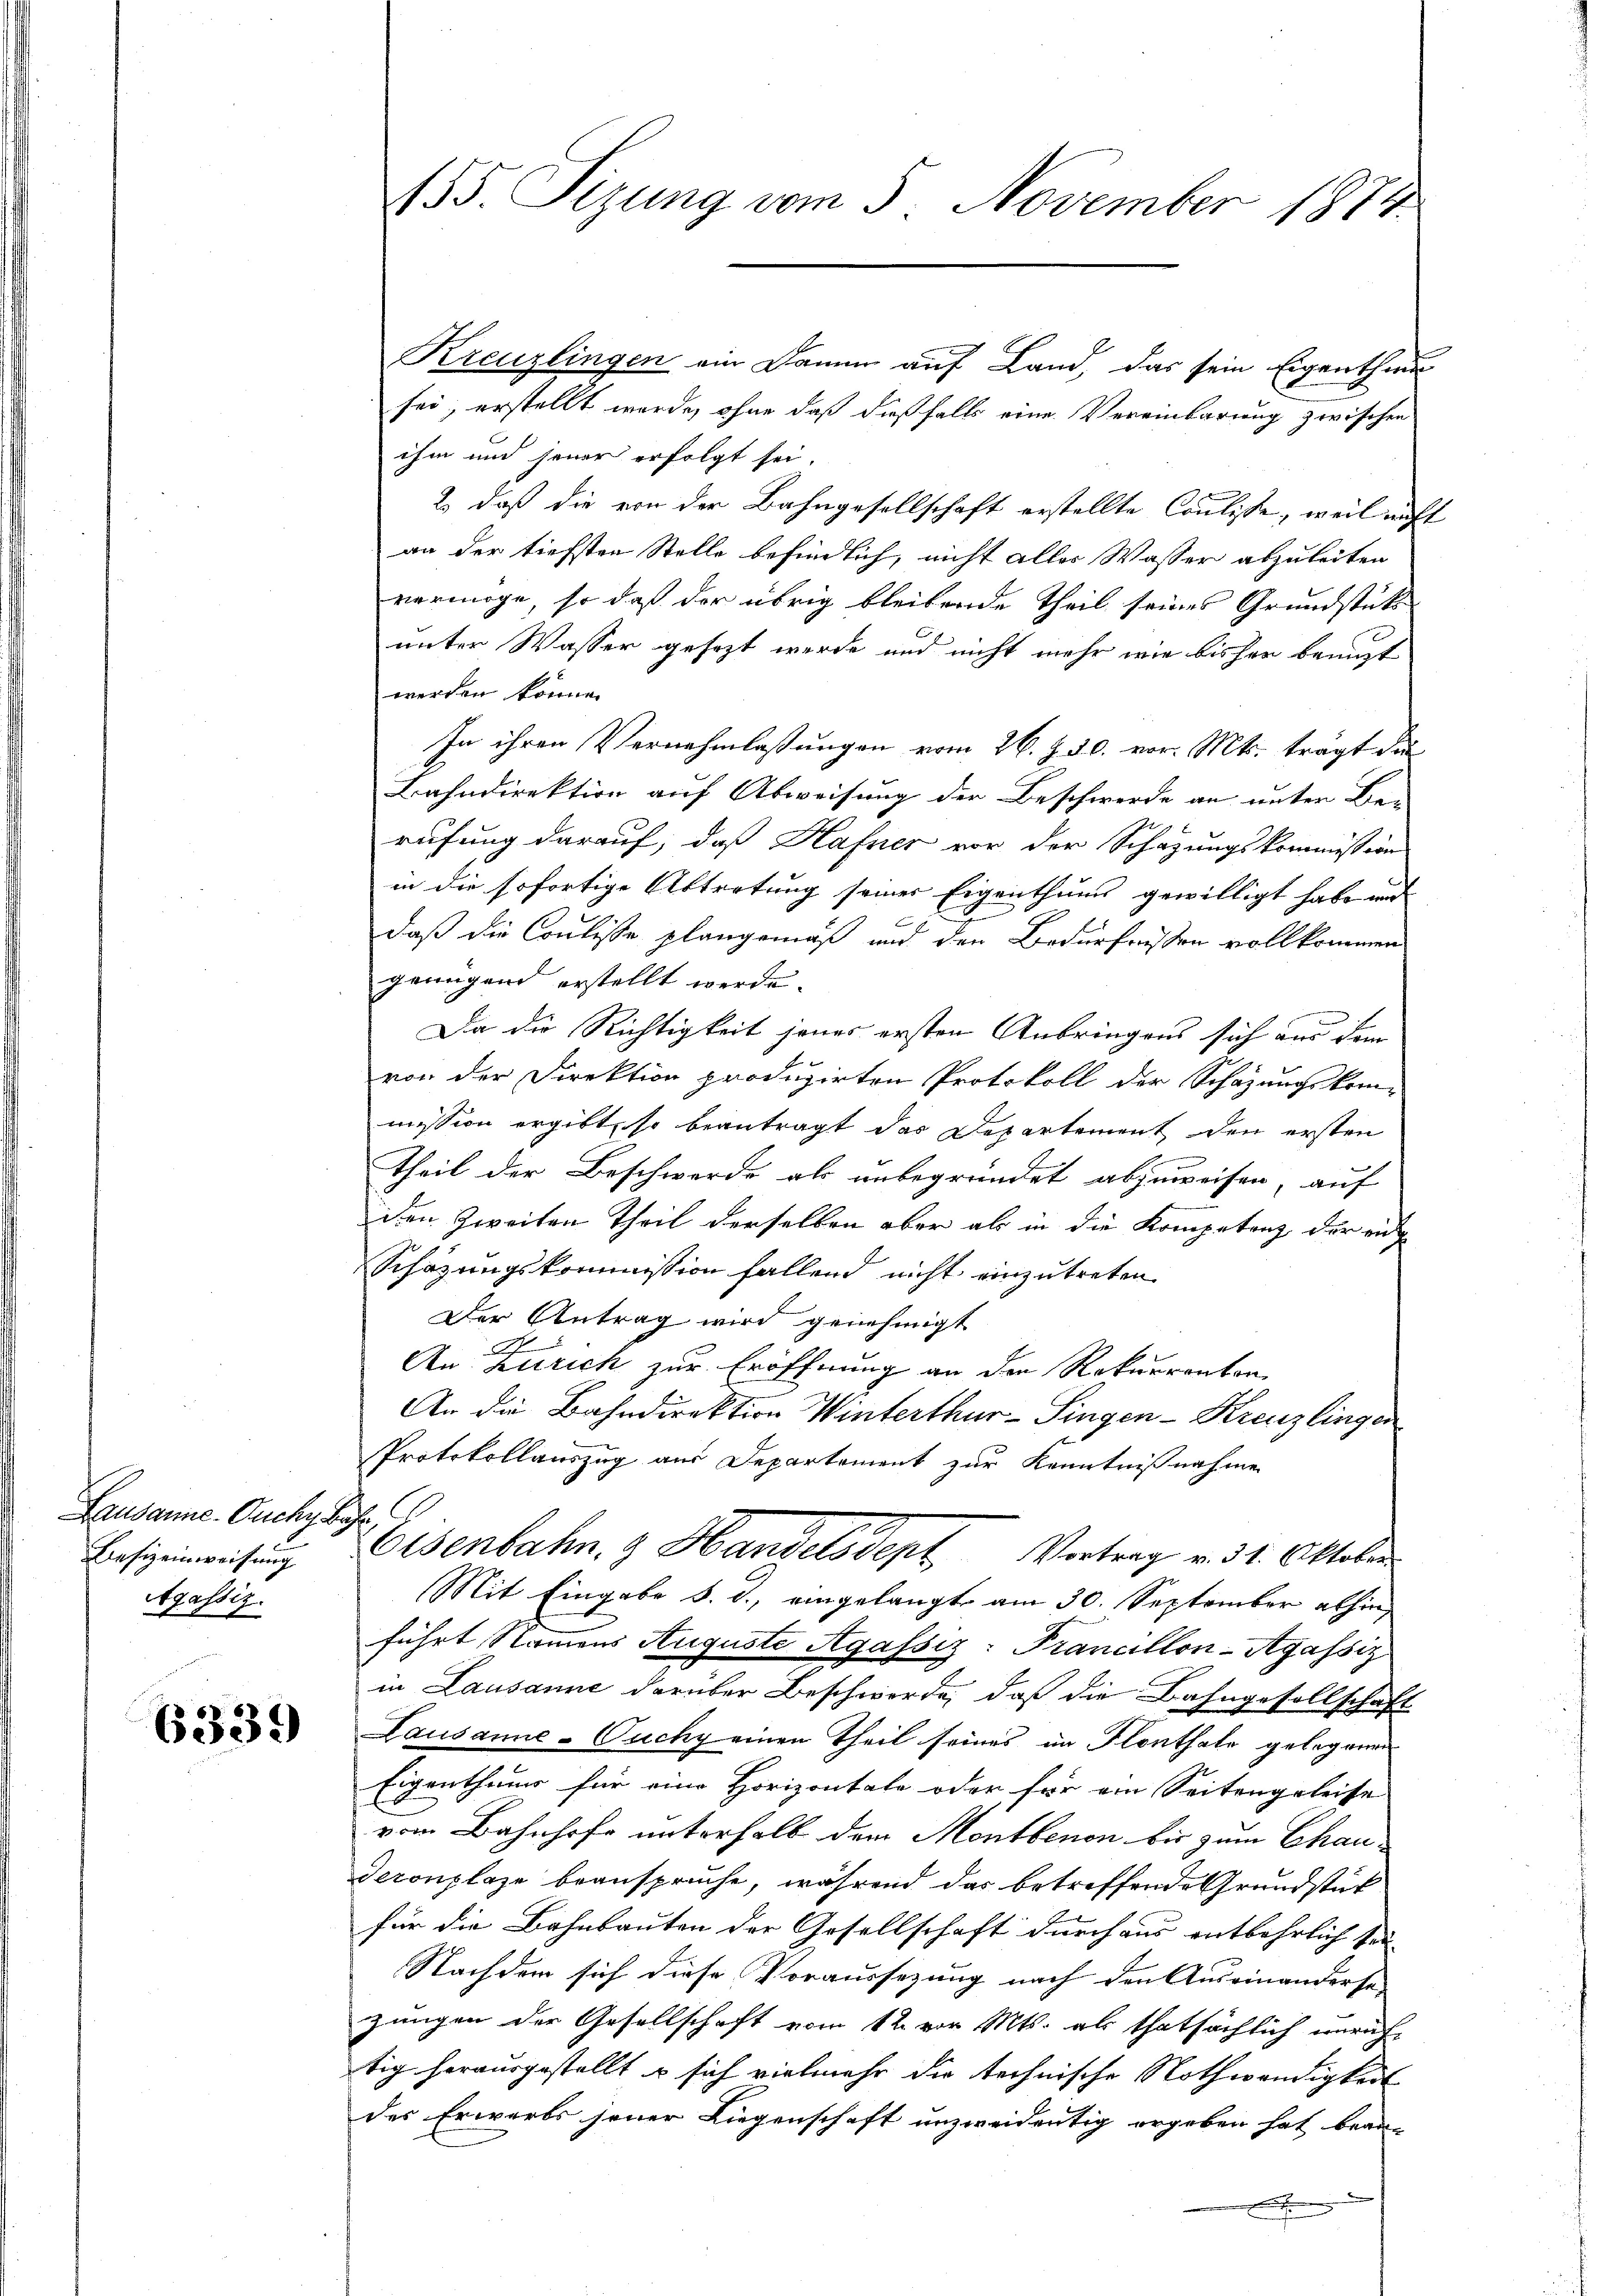
Lausanne. Ouchy bahr
Besizeinweisung
Agassiz.

6339

Kreuzlingen ein Damm auf Land, das sein Eigenthum
sei; erstellt werde, ohne daß dießfalls eine Vereinbarung zwischen
ihm und jener erfolgt sei.
2) daß die von der Bahngesellschaft erstellte Coulisse, weil nicht
an der tiefsten Stelle befindlich, nicht alles Wasser abzuleiten
vermöge, so daß der übrig bleibende Theil seines Grundstücke
unter Wasser gesezt werde und nicht mehr wie bisher benuzt
werden könne.
In ihren Vernehmlassungen vom 26. Z. 30. vor. Mts. trägt die
Bahndirektion auf Abweisung der Beschwerde an unter Be-
E
rufung darauf, daß Hafner vor der Schazungskommission
in die sofortige Abtretung seines Eigenthums gewilligt habe wir
x
c
daß die Coulisse plangemäß und den Bedürfnissen vollkommen
genügend erstellt werde.
Da die Richtigkeit jenes ersten Anbringens sich aus dem
von der Direktion produzirten Protokoll der Schazungskommission ergibt, so beantragt das Departement den ersten
theil der Beschwerde als unbegründet abzuweisen, auf
den Zweiten Theil derselben aber als in die Kompetenz der ei
Schäzungskommission fallend nicht einzutreten
Der Antrag wird genehmigt
A
An Zürich zur Eröffnung an den Rekurrenten
An die Bahndirektion Winterthur–Singen-Kreuzlingen
Protokollauszug aus Departement zur Kenntnißnahme
Eisenbahn. Handelsdept, Vertrag v. 31. Oktober
Mit Eingabe d. d. eingelangt am 30. September abhin
führt, Namens Auguste Agassiz-Pranullon-Agassiz
in Lausanne darüber Beschwerde, daß die Bahngesellschaft
Lausanne-Cuchy einen Theil seines im Flonthale gelegenen
Eigenthums für eine Horizontale oder für ein Seitengeleise
vom Bahnhofe unterhalb dem Montbenen bis zum Chauderonplaze beansprüche, während das betreffende Grundstück
für die Bahnbauten der Gesellschaft durch aus entbehrlich sei
Nachdem sich diese Voraussezung nach den Auseinanderse
zungen der Gesellschaft vom 12. vor Mts. als thatsächlich waraf
tig herausgestellt u sich vielmehr die technische Nothwendigkeit
des Erwarts seiner Liegenschaft unzweidentig ergeben hat bean-
x

155. Sizung vom 5. November 1874.